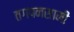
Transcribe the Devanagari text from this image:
तगपनसामी